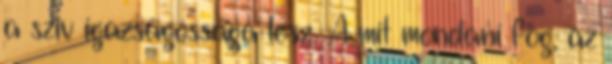
a szív igazságossága lesz. A mit mondani fog, az